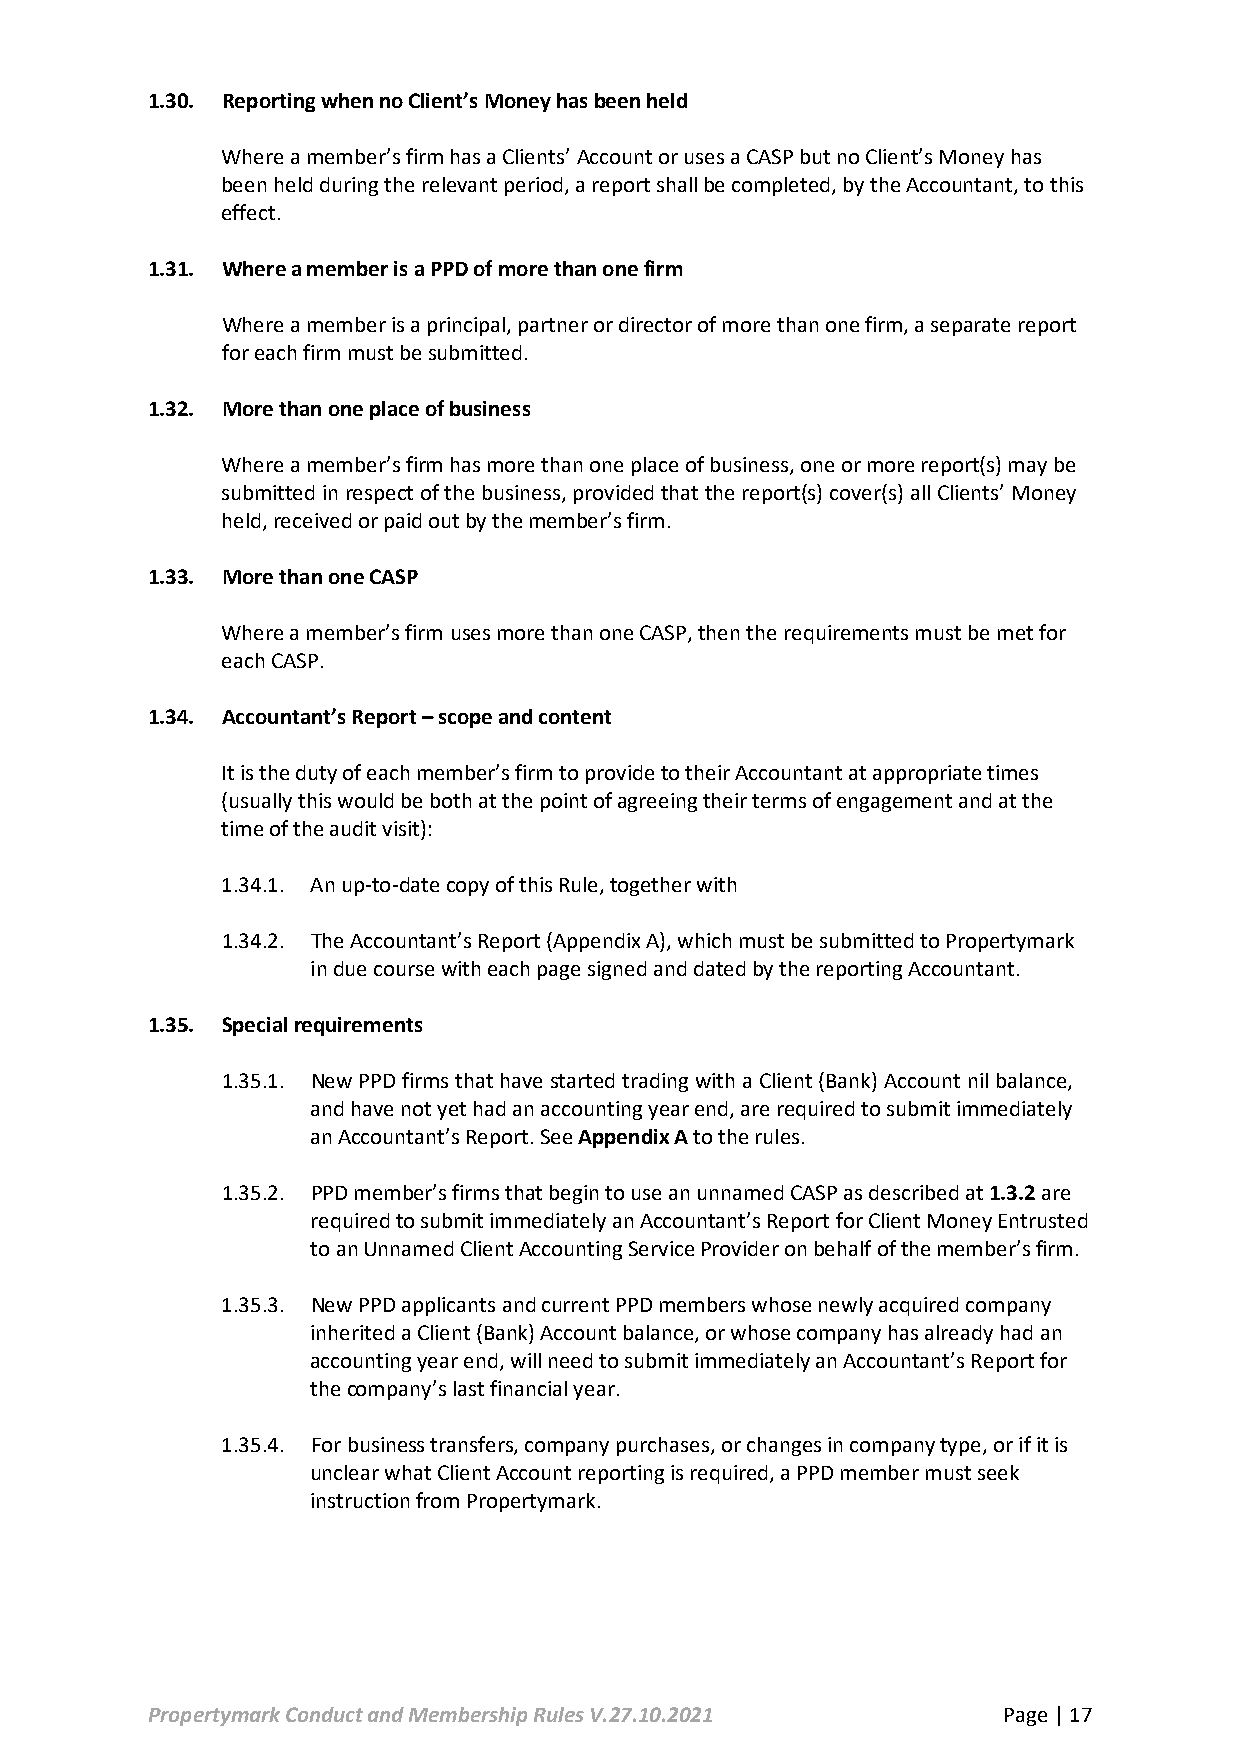
1.30. Reporting when no Client’s Money has been held
 Where a member’s firm has a Clients’ Account or uses a CASP but no Client’s Money has
 been held during the relevant period, a report shall be completed, by the Accountant, to this
 effect.
 1.31. Where a member is a PPD of more than one firm
 Where a member is a principal, partner or director of more than one firm, a separate report
 for each firm must be submitted.
 1.32. More than one place of business
 Where a member’s firm has more than one place of business, one or more report(s) may be
 submitted in respect of the business, provided that the report(s) cover(s) all Clients’ Money
 held, received or paid out by the member’s firm.
 1.33. More than one CASP
 Where a member’s firm uses more than one CASP, then the requirements must be met for
 each CASP.
 1.34. Accountant’s Report – scope and content
 It is the duty of each member’s firm to provide to their Accountant at appropriate times
 (usually this would be both at the point of agreeing their terms of engagement and at the
 time of the audit visit):
 1.34.1. An up-to-date copy of this Rule, together with
 1.34.2. The Accountant’s Report (Appendix A), which must be submitted to Propertymark
 in due course with each page signed and dated by the reporting Accountant.
 1.35. Special requirements
 1.35.1. New PPD firms that have started trading with a Client (Bank) Account nil balance,
 and have not yet had an accounting year end, are required to submit immediately
 an Accountant’s Report. See Appendix A to the rules.
 1.35.2. PPD member’s firms that begin to use an unnamed CASP as described at 1.3.2 are
 required to submit immediately an Accountant’s Report for Client Money Entrusted
 to an Unnamed Client Accounting Service Provider on behalf of the member’s firm.
 1.35.3. New PPD applicants and current PPD members whose newly acquired company
 inherited a Client (Bank) Account balance, or whose company has already had an
 accounting year end, will need to submit immediately an Accountant’s Report for
 the company’s last financial year.
 1.35.4. For business transfers, company purchases, or changes in company type, or if it is
 unclear what Client Account reporting is required, a PPD member must seek
 instruction from Propertymark.
 Propertymark Conduct and Membership Rules V.27.10.2021  Page | 17